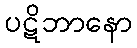
ပဋိဘာနော